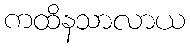
ကထိနသာလာယ